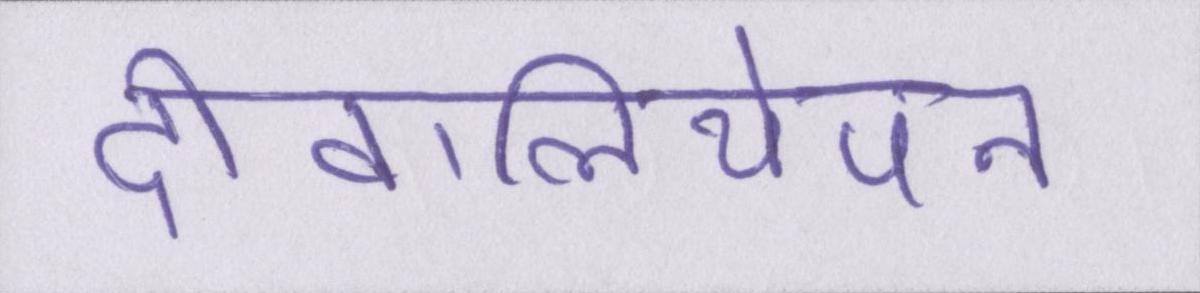
दीवालियेपन